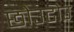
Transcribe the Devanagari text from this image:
छोउटोउ